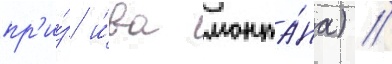
пр'и́з и́ва монта́на) //